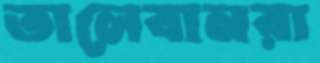
তালেবানরা